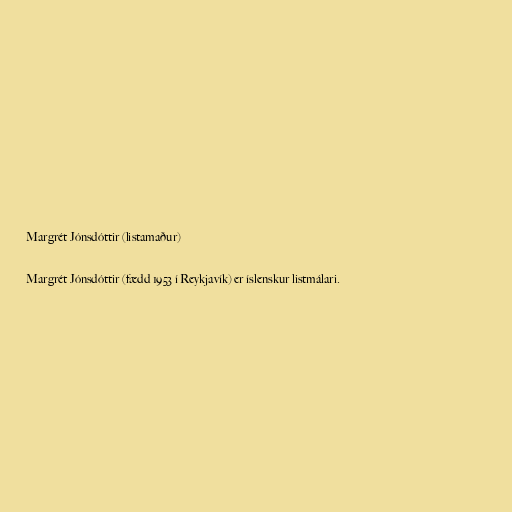
Margrét Jónsdóttir (listamaður)

Margrét Jónsdóttir (fædd 1953 í Reykjavík) er íslenskur listmálari.